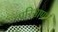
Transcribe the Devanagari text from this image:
परिसाण